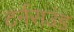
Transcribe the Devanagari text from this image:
टर्नराउंड